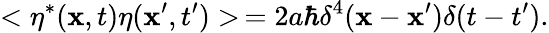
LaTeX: <\eta^{*}(\mathbf{x},t)\eta(\mathbf{x}^{\prime},t^{\prime})>\, =2a\hbar\delta^{4}(\mathbf{x}-\mathbf{x}^{\prime})\delta(t-t^{\prime}).